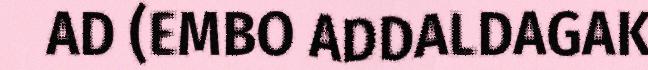
AD (EMBO ADDALDAGAK